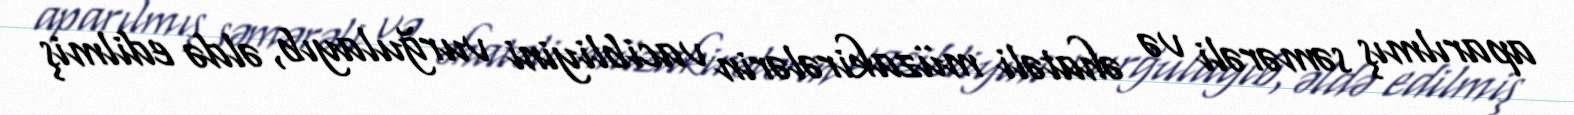
aparılmış səmərəli və əhatəli müzakirələrin vacibliyini vurğulayıb, əldə edilmiş